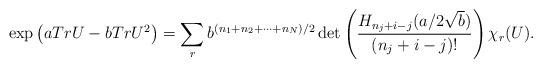
LaTeX: \begin{align*}\exp \left( a Tr U - b Tr U^2 \right) = \sum_rb^{(n_1+n_2+\cdots+n_N)/2} \det \left( \frac{H_{n_j+i-j}(a/2\sqrt{b})}{(n_j+i-j)!}\right) \chi_r (U).\end{align*}